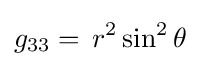
g_{33}=\,r^{2}\sin ^{2}\theta